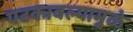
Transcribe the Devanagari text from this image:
पटकावल्यामुळे